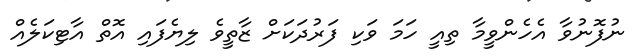
ނުފޮނުވާ އެހެންވީމާ ތިއީ ހަމަ ވަކި ފަރުދަކަށް ޒާތީވެ ލިޔެފައި އޮތް އާޓިކަލެއް